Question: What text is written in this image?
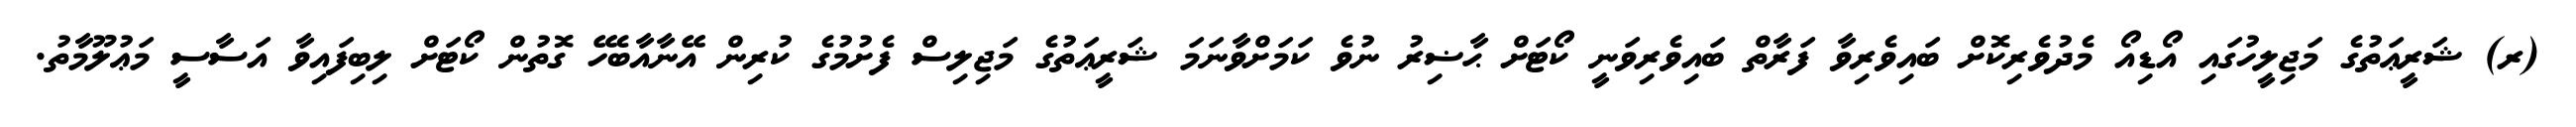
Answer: (ރ) ޝަރީޢަތުގެ މަޖިލީހުގައި އޯޑިއޯ މެދުވެރިކޮށް ބައިވެރިވާ ފަރާތް ބައިވެރިވަނީ ކޯޓަށް ޙާޟިރު ނުވެ ކަމަށްވާނަމަ ޝަރީޢަތުގެ މަޖިލިސް ފެށުމުގެ ކުރިން އޭނާއާބެހޭ ގޮތުން ކޯޓަށް ލިބިފައިވާ އަސާސީ މަޢުލޫމާތު.